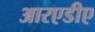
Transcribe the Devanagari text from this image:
आरएडीए